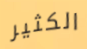
الكثير